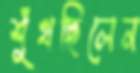
শুঁখছিলেন